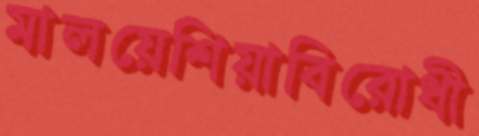
মালয়েশিয়াবিরোধী